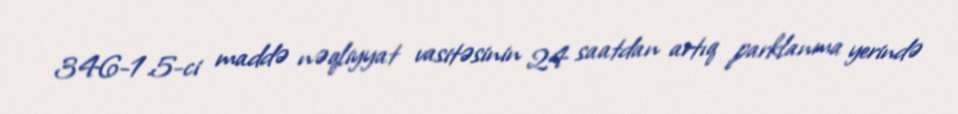
346-1.5-ci maddə nəqliyyat vasitəsinin 24 saatdan artıq parklanma yerində